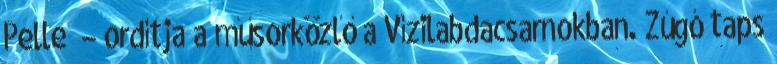
Pelle” – ordítja a műsorközlő a Vízilabdacsarnokban. Zúgó taps